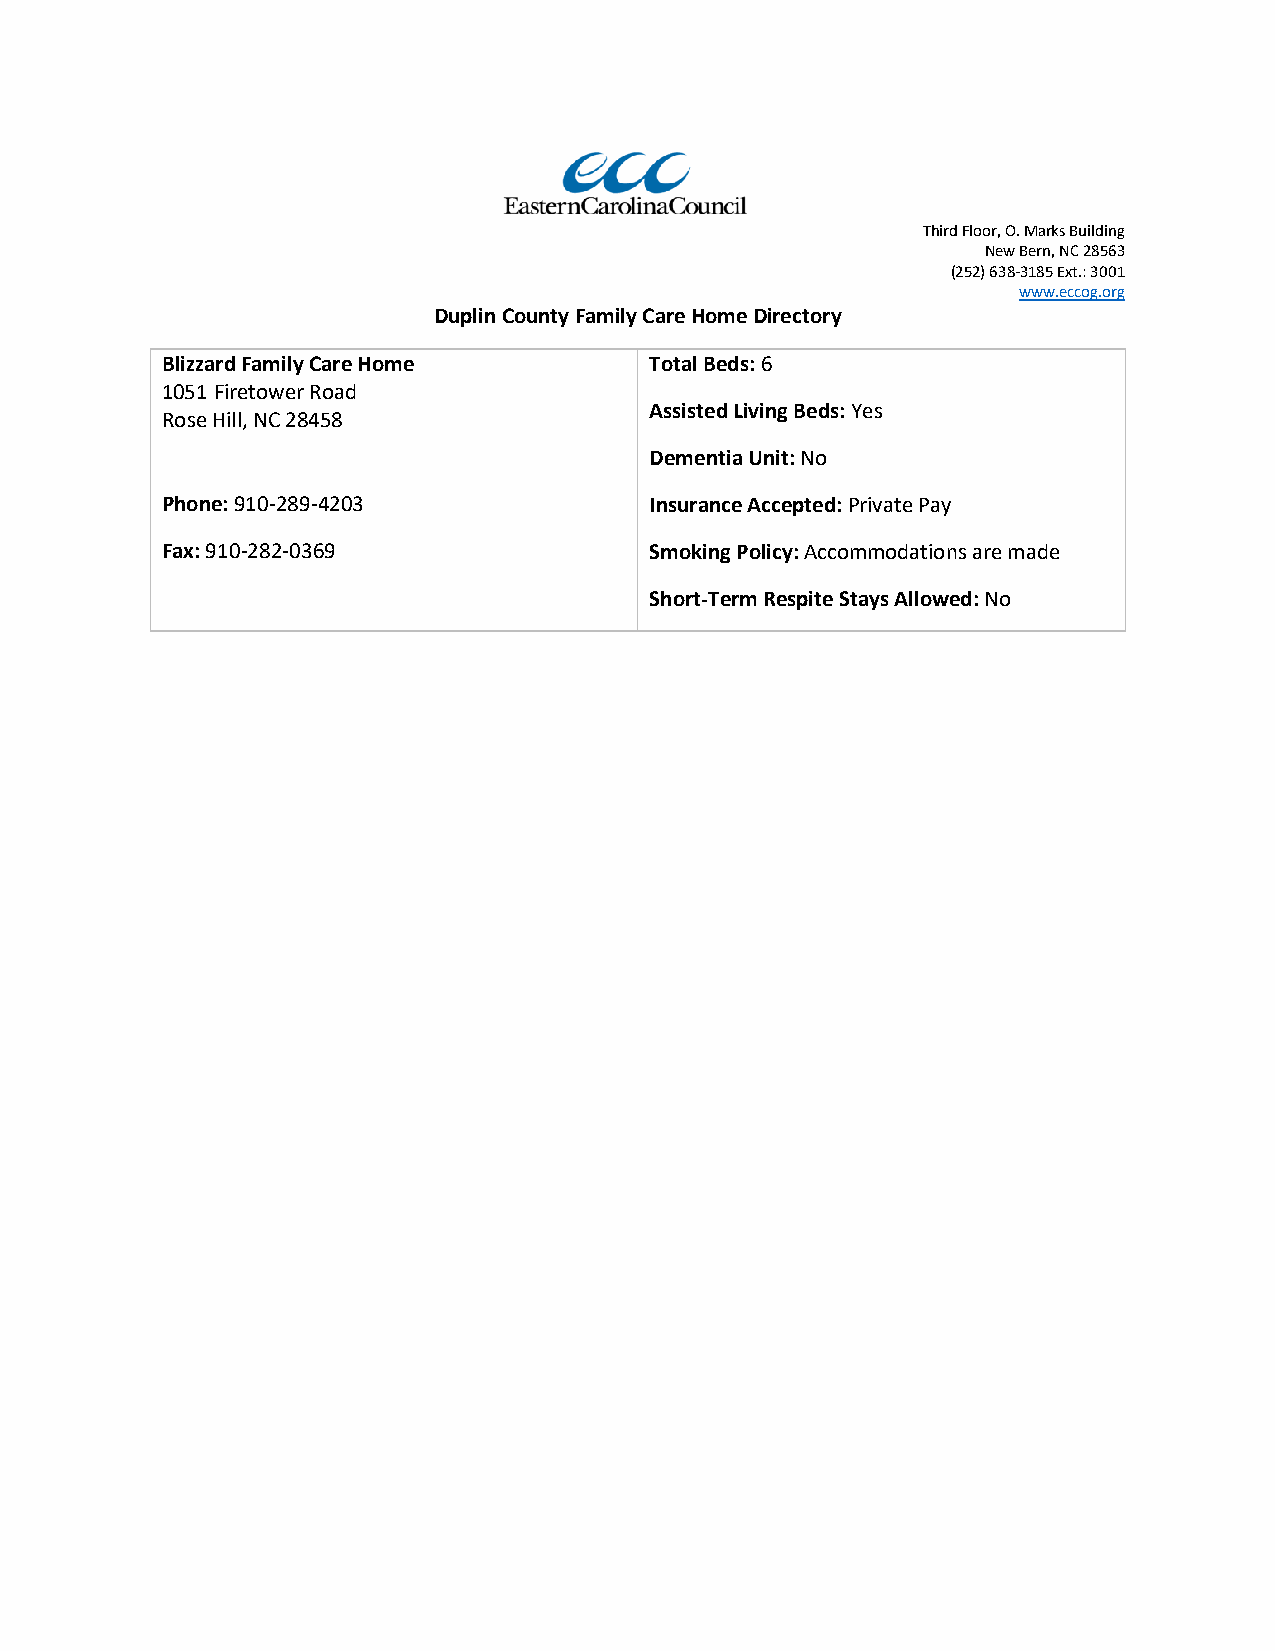
Third Floor, O. Marks Building
 New Bern, NC 28563
 (252) 638-3185 Ext.: 3001
 www.eccog.org
 Duplin County Family Care Home Directory
 Blizzard Family Care Home       Total Beds: 6
 1051 Firetower Road
 Assisted Living Beds: Yes
 Rose Hill, NC 28458
 Dementia Unit: No
 Phone: 910-289-4203             Insurance Accepted: Private Pay
 Fax: 910-282-0369               Smoking Policy: Accommodations are made
 Short-Term Respite Stays Allowed: No